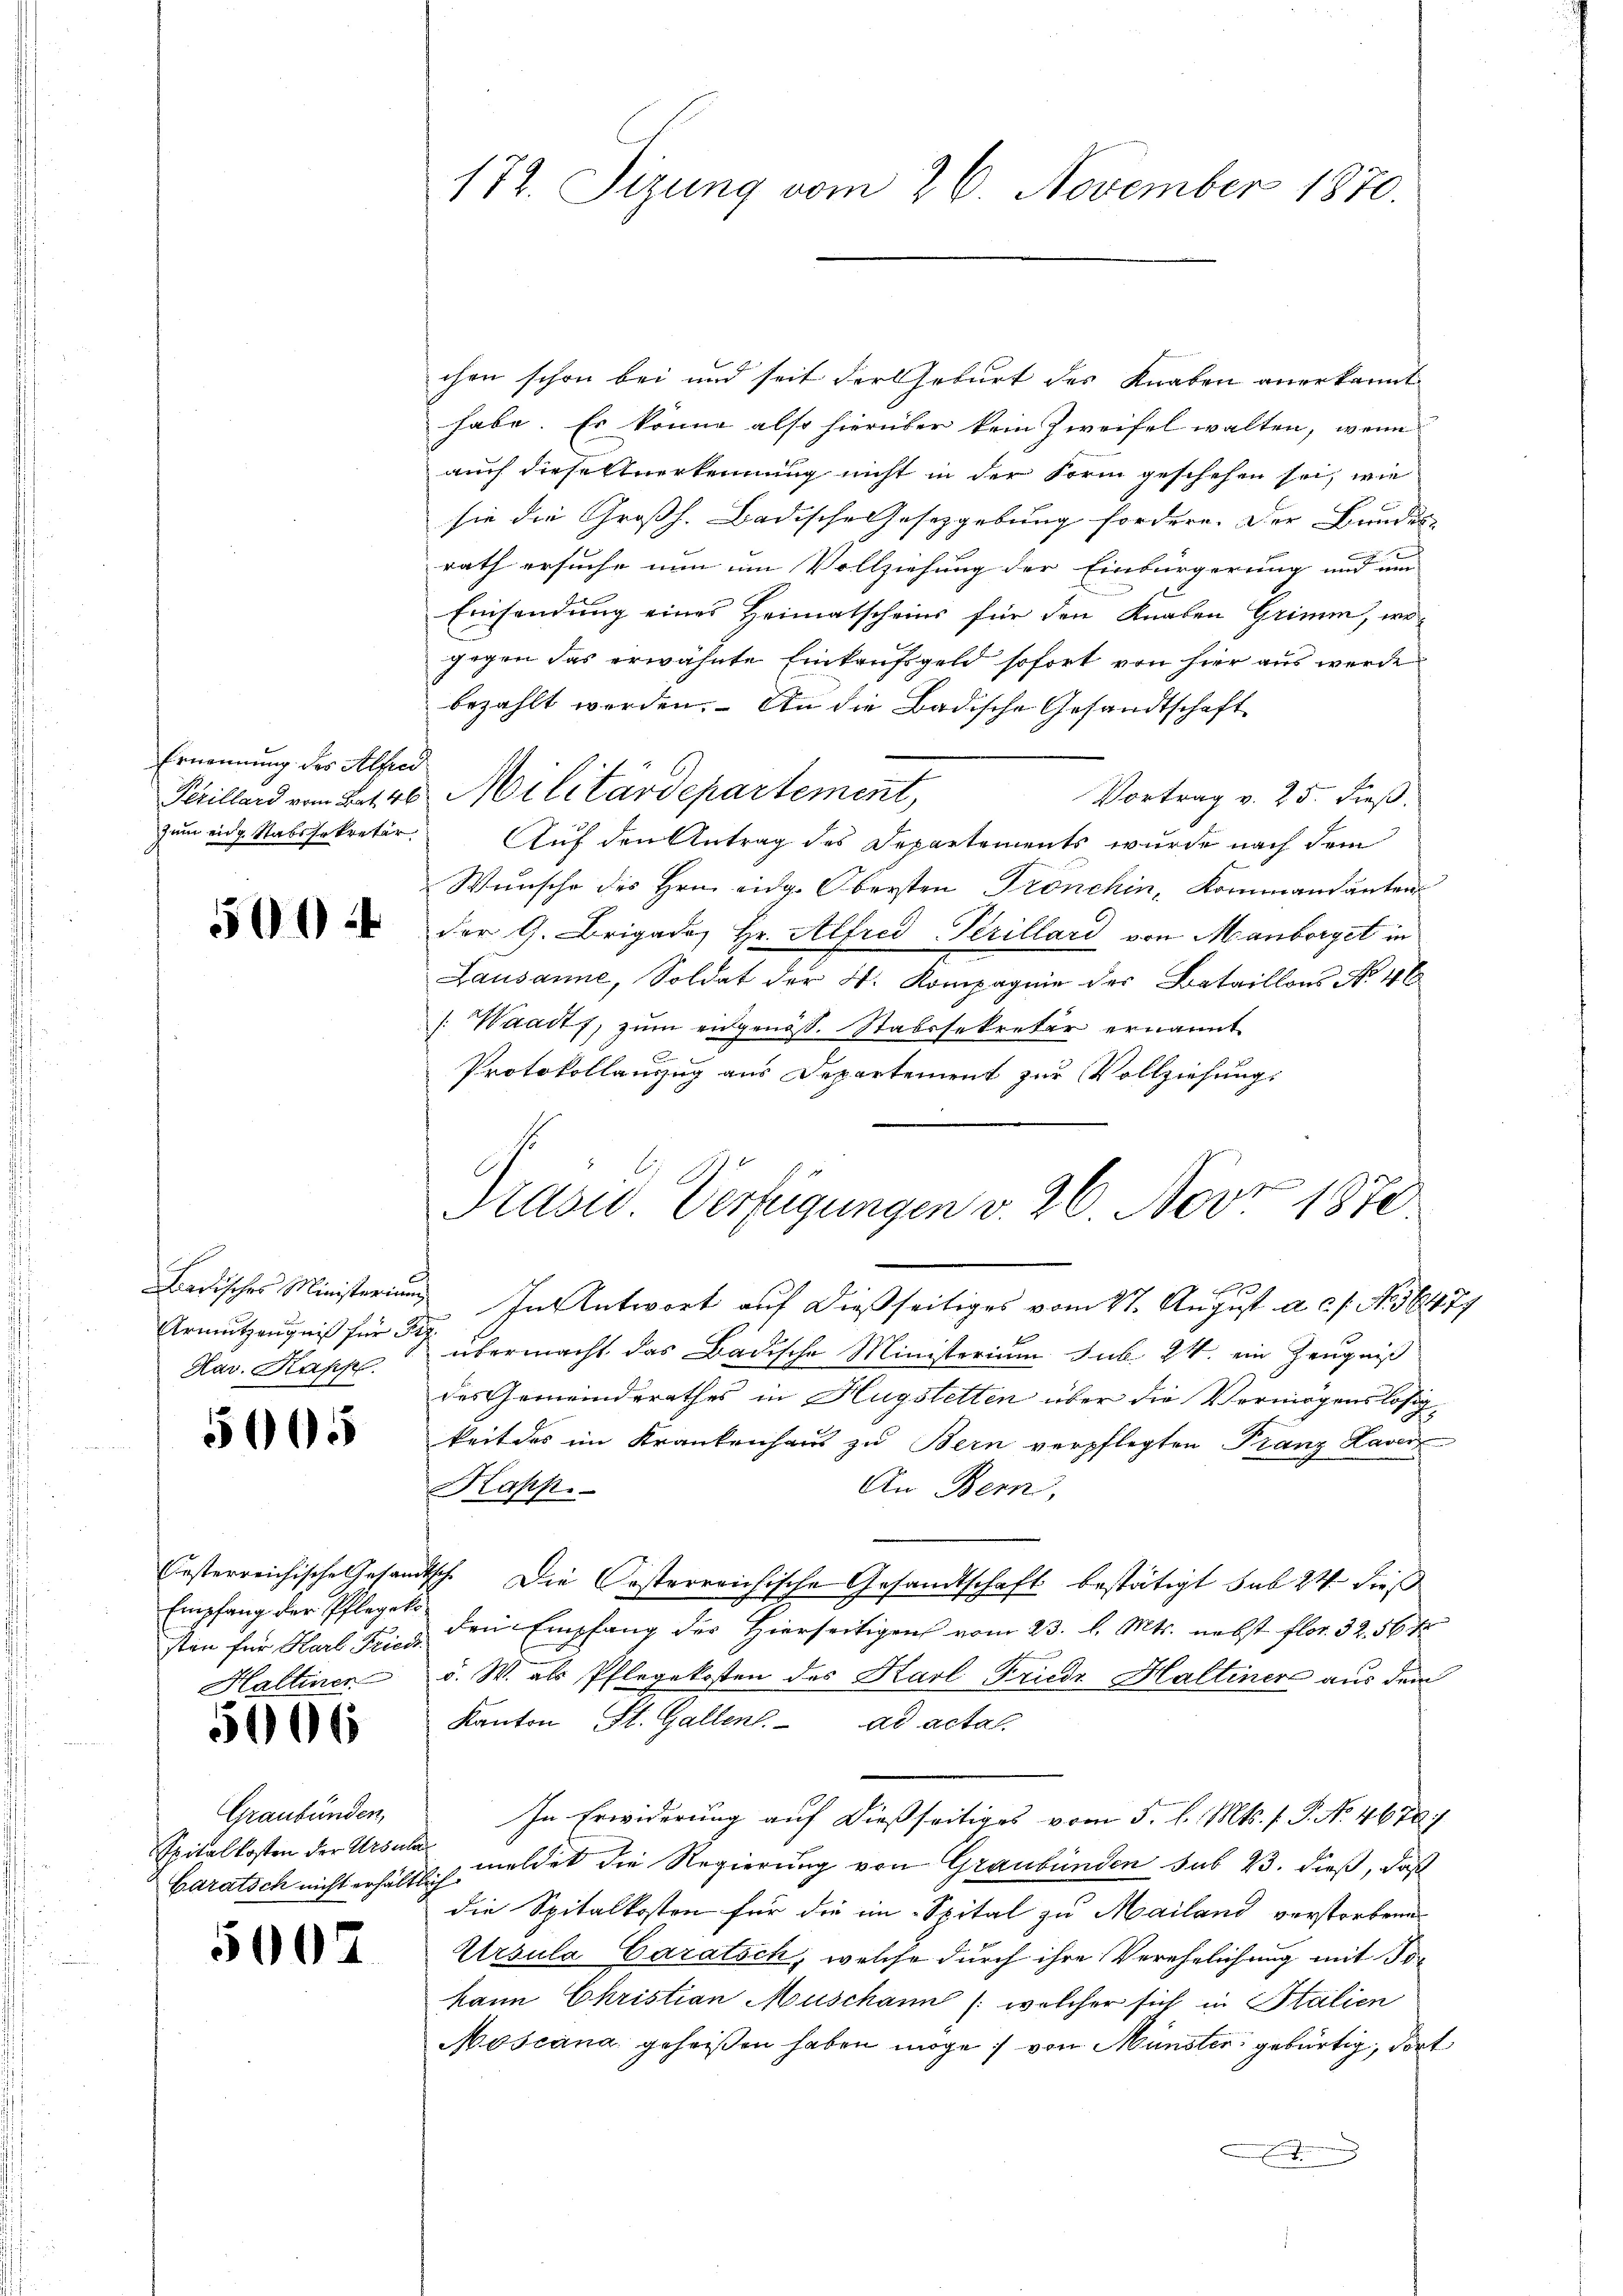
Ernennung des Alfred
zum eidg. Stabssekretär

500

Badisches Ministerium
Hav. Kapp

5005

besterreichische Gesand
Empfang der Pflegel¬
Haltener

5006

Graubünden,
Spitalkosten der Ursula
Caratsch nicht erhältte

5007

172. Sizung vom 26. November 1870.

chen schon bei und seit der Geburt des Knaben anerkannt
habe. Es könne also hierüber kein Zweifel walten, wenn
auch dieseltnerkennung nicht in der Form geschehen sei, wie
sie die Großh. Badische Gesetzgebung fordern. Der Bundes-
rath ersuche nun um Vollziehung der Einbürgerung und um
Einsendung eines Heimatscheins für den Knaben Grimm, wegegen das erwähnte Einkaufsgeld sofort von hier aus werde
bezahlt worden. An die Badische Gesandtschaft
Prillard vom 21. 40 Militärdepartement,
Vortrag v. 25. dieß.
Auf den Antrag des Departements wurde nach dem
Wunsche des Hrn. eidg. Obersten Tronchin, Kommandanten
der G. Brigades Hr. Alfred-Perillard von Manborget in
Lausanne, Soldat der V. Kompagnie der Bataillons No 46
/: Waadt, zum eidgenöß. Stabssekretär ernannt.
e
Protokollauszug aus Departement zur Vollziehung.

In Antwort auf dießseitiges vom 27. August a. c. s. No 56471
Armutzeugniß für die übermacht das Badische Ministerium sub. 24. ein Zeugniß
des Gemeinderathes in Hugstetten über die Vormirgenslosigkeit des im Krankenhaus zu Bern verpflegten Franz Laver
An Bern,
Kapp.
Ich. Die Kosterreichische Gesandtschaft bestätigt sub 24 dieß
sten für Harli & den Empfang der Hierseitigen vom 23. l. Mts. nebst flor. 32. 56 f

v. W. als Pflegekosten des Karl Friede Haltiner aus dem
Kanton St. Gallen. ad actal.
In Erwiderung auf dießseitiges vom 5. l. Mts. f. P. Nr. 4678
meldet die Regierung von Graubünden sub 23. dieß, daß
.
die Spitalkosten für die ein Spital zu Mailand verstorbene
Ursula Caratsch, welche durch ihre Verehelichung mit die
kann Christian Muschann (welcher sich in Italien
Moscana geheißen haben möge; von Münster gebürtig, dort

Präsid.. Verfügungen v. 26. Nov. 1870